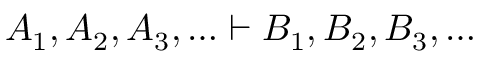
A _ { 1 } , A _ { 2 } , A _ { 3 } , \ldots \vdash B _ { 1 } , B _ { 2 } , B _ { 3 } , \ldots